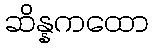
ဆိန္နကထော